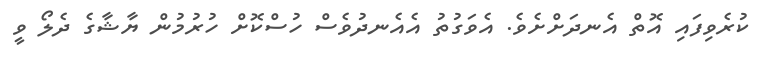
ކުރެވިފައި އޮތް އެނދަށްށެވެ. އެވަގުތު އެއެނދުވެސް ހުސްކޮށް ހުރުމުން ޔާޝާގެ ދެލޯ ވީ